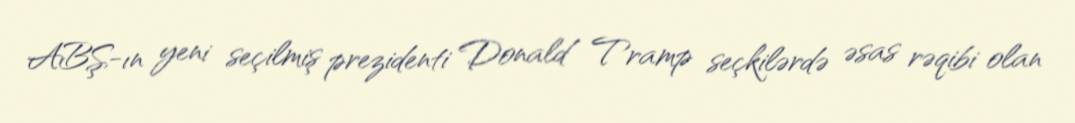
ABŞ-ın yeni seçilmiş prezidenti Donald Tramp seçkilərdə əsas rəqibi olan